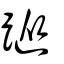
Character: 踨